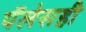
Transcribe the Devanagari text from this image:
पॅलेसही